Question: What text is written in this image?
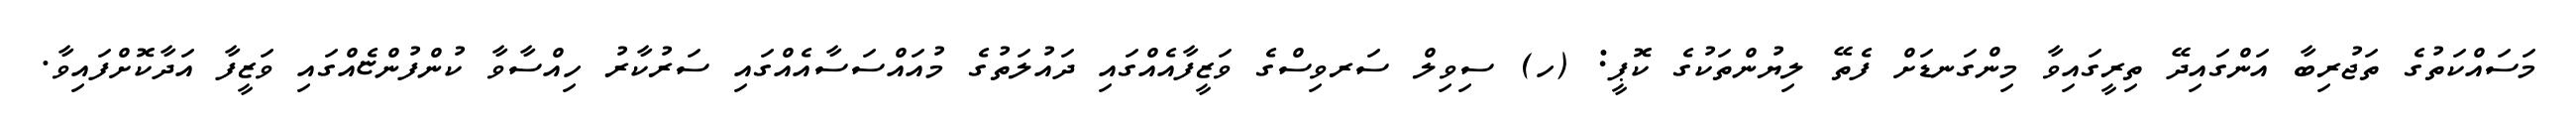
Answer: މަސައްކަތުގެ ތަޖުރިބާ އަންގައިދޭ ތިރީގައިވާ މިންގަނޑަށް ފެތޭ ލިޔުންތަކުގެ ކޮޕީ: (ހ) ސިވިލް ސަރވިސްގެ ވަޒީފާއެއްގައި ދައުލަތުގެ މުއައްސަސާއެއްގައި ސަރުކާރު ހިއްސާވާ ކުންފުންޏެއްގައި ވަޒީފާ އަދާކޮށްފައިވާ.